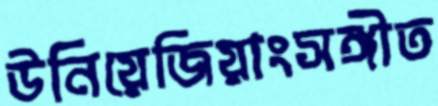
উনিয়েজিয়াংসঙ্গীত